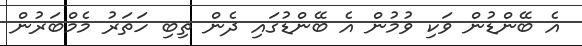
އެ ބޭންޑުން ވަކި ވުމުން އެ ބޭންޑުގައި ދެން ތިބި ހަތަރު މެމްބަރުން